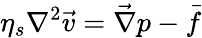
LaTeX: \eta_{s}\nabla^{2}\vec{v}=\vec{\nabla}p-\vec{f}